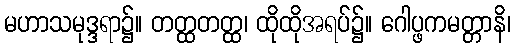
မဟာသမုဒ္ဒရာ၌။ တတ္ထတတ္ထ၊ ထိုထိုအရပ်၌။ ဂေါပ္ဖကမတ္တာနိ၊